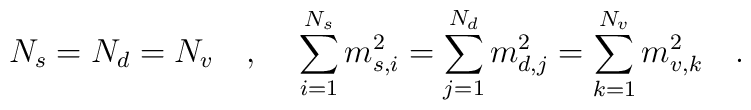
N_s=N_d=N_v~~~,~~~\sum_{i=1}^{N_s} m_{s,i}^2=\sum_{j=1}^{N_d} m_{d,j}^2=\sum_{k=1}^{N_v} m_{v,k}^2~~~.